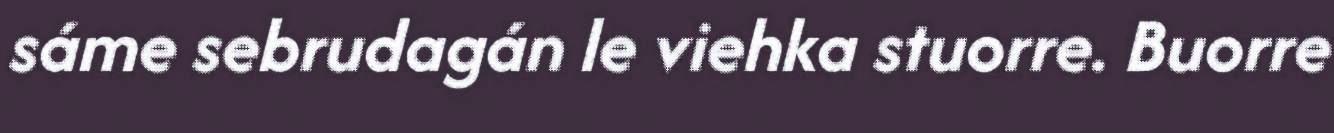
sáme sebrudagán le viehka stuorre. Buorre